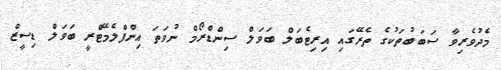
މެދުވެރިވާ ސަބަބުތަކުގެ ތެރޭގައި އިރިޓެބަލް ބަވަލް ސިންޑްރޯމް ނުވަތަ އިންފްލެމޭޓްރީ ބަވަލް ޑިސީޒް